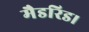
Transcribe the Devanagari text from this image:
मैडरिड।